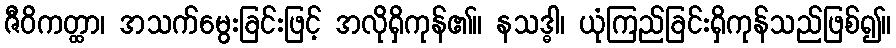
ဇီဝိကတ္ထာ၊ အသက်မွေးခြင်းဖြင့် အလိုရှိကုန်၏။ နသဒ္ဓါ၊ ယုံကြည်ခြင်းရှိကုန်သည်ဖြစ်၍။